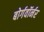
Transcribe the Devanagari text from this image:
बोर्गवॉर्नर